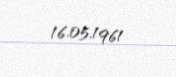
16.05.1961